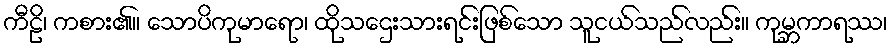
ကီဠိ၊ ကစား၏။ သောပိကုမာရော၊ ထိုသဌေးသားရင်းဖြစ်သော သူငယ်သည်လည်း။ ကုမ္ဘကာရဿ၊